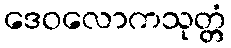
ဒေဝလောကသုတ္တံ